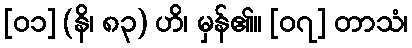
[၀၁] (နိ၊ ၈၃) ဟိ၊ မှန်၏။ [၀၇] တာသံ၊